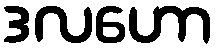
ဒလဟော